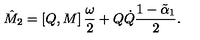
\hat { M } _ { 2 } = \left[ Q , M \right] \frac { \omega } { 2 } + Q \dot { Q } \frac { 1 - \tilde { \alpha } _ { 1 } } { 2 } .